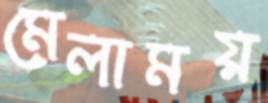
মেলাময়